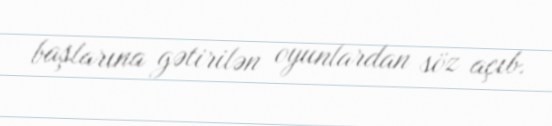
başlarına gətirilən oyunlardan söz açıb.